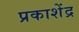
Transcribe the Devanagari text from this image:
प्रकाशेंद्र